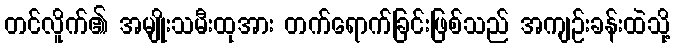
တင်လိူက်၏ အမျိုးသမီးထုအား တက်ရောက်ခြင်းဖြစ်သည် အကျဉ်းခန်းထဲသို့